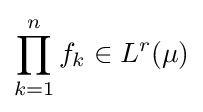
\prod _{k=1}^{n}f_{k}\in L^{r}(\mu )